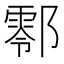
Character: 𨞖